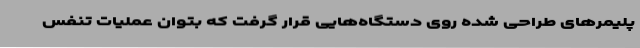
پلیمرهای طراحی شده روی دستگاه‌هایی قرار گرفت که بتوان عملیات تنفس